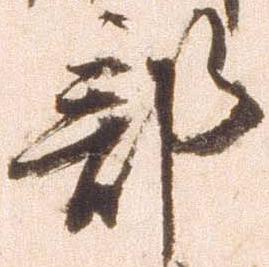
部